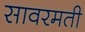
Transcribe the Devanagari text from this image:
सावरमती